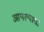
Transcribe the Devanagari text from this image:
आपल्याशा